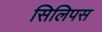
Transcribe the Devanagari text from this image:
सिलिपस